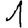
Digit: 1